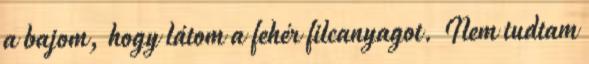
a bajom, hogy látom a fehér filcanyagot. Nem tudtam